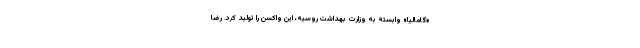
«گامالیا» وابسته به وزارت بهداشت روسیه، این واکسن را تولید کرد. رضا